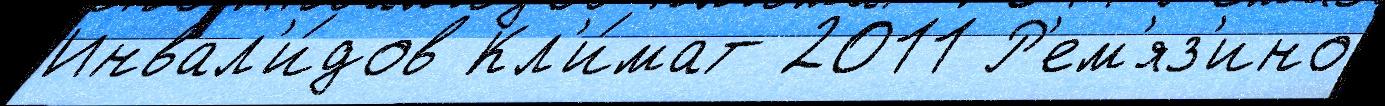
Инвал'и́дов Кл'и́мат 2011 Р'ем'яз'ино